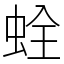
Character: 𧊲